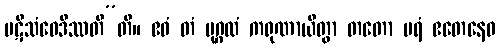
ပဋိသံဝေဒိဿတီ”တိ။ ဧဝံ တံ ပုဂ္ဂလံ ကရုဏာယိတွာ တတော ပရံ ဧတေနေဝ